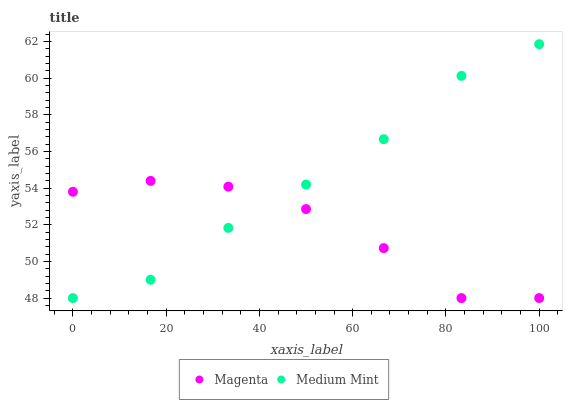
| xaxis_label | Magenta | Medium Mint |
 | --- | --- | --- |
 | 0 | 53.8 | 48 |
 | 16.7 | 54.4 | 49 |
 | 33.3 | 54.1 | 51.8 |
 | 50 | 52.9 | 54.2 |
 | 66.7 | 50.7 | 56.7 |
 | 83.3 | 48 | 60.1 |
 | 100 | 48 | 61.9 |